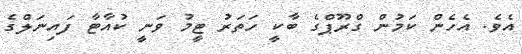
އެވެ. އެހެން ކަމުން ގްރޫޕްގެ ބާކީ ހަތަރު ޓީމު ވަނީ ކުއާޓާ ފައިނަލްގެ